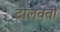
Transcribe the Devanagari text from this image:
टोलवतो